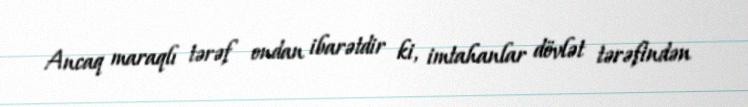
Ancaq maraqlı tərəf ondan ibarətdir ki, imtahanlar dövlət tərəfindən